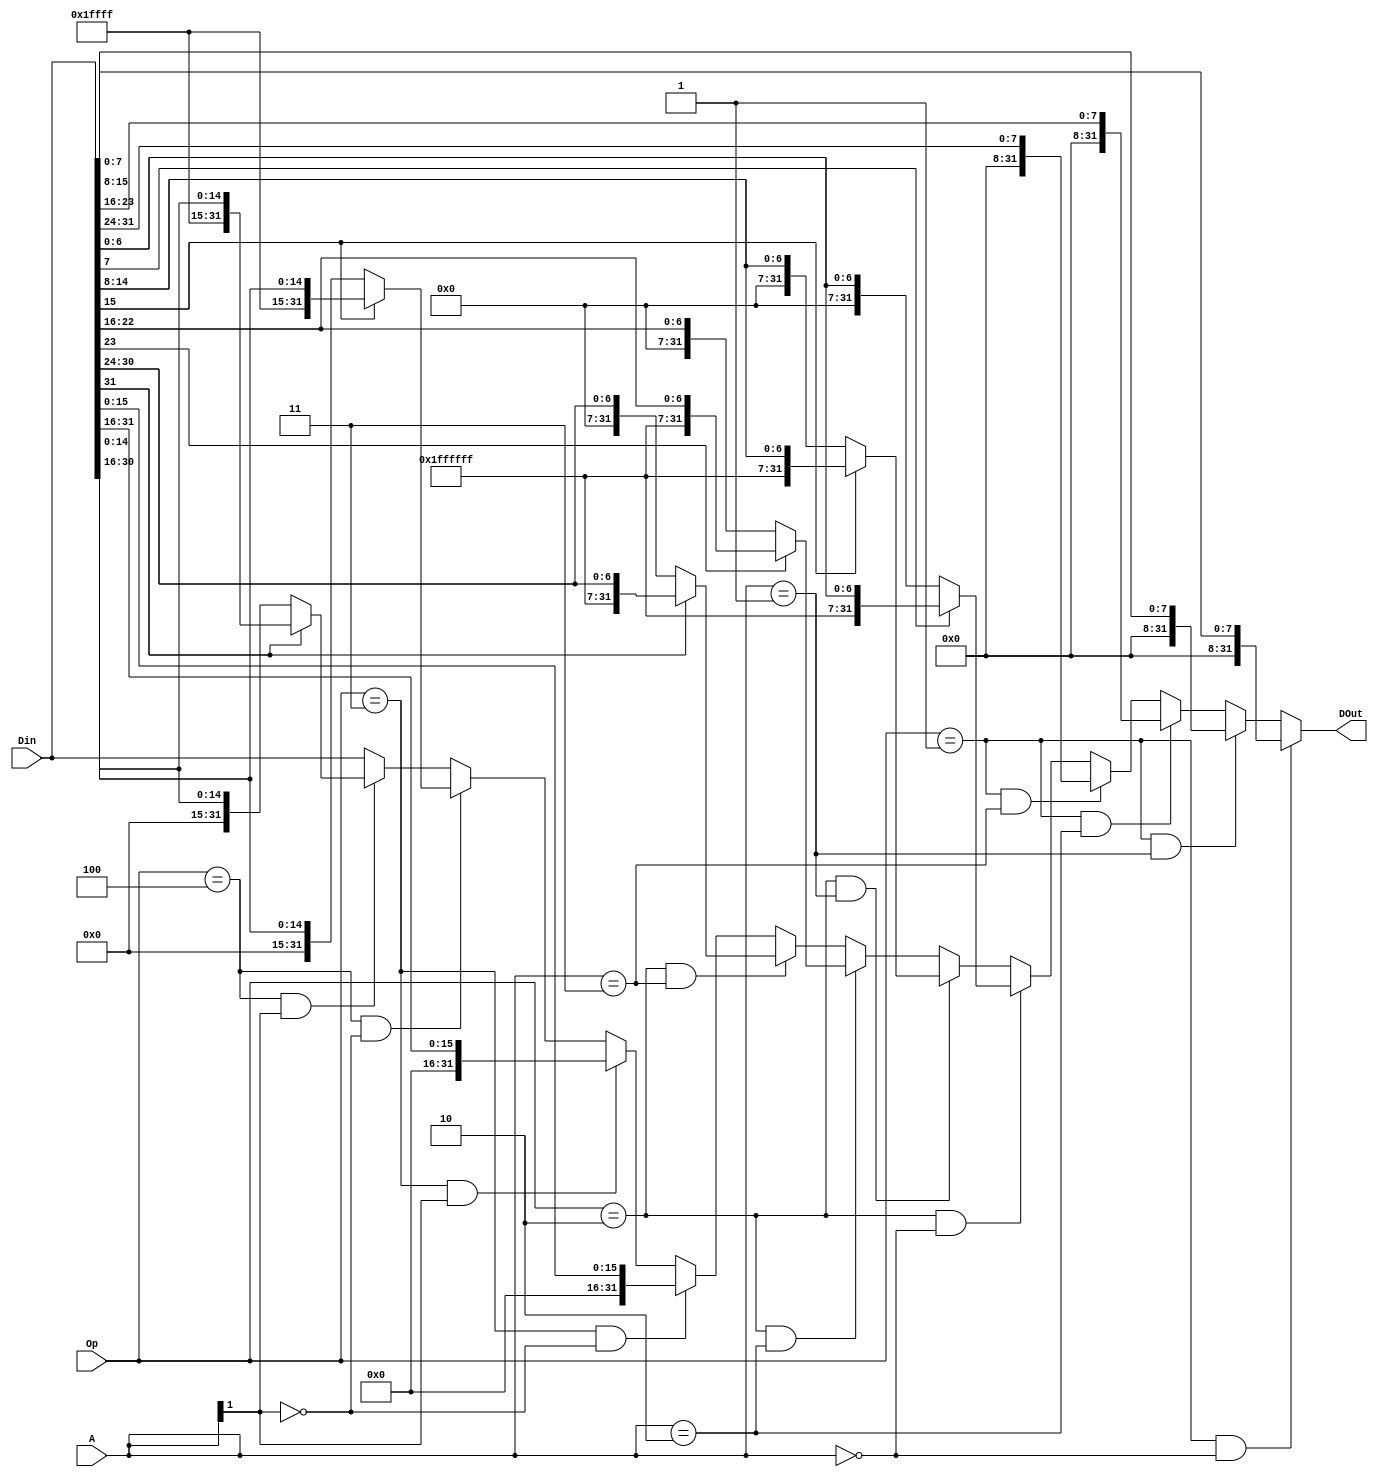
`timescale 1ns / 1ps
//////////////////////////////////////////////////////////////////////////////////
// Company: 
// Engineer: 
// 
// Design Name: 
// Module Name:    DataEXT 
// Project Name: 
// Target Devices: 
// Tool versions: 
// Description: 
//
// Dependencies: 
//
// Revision: 
// Revision 0.01 - File Created
// Additional Comments: 
//
//////////////////////////////////////////////////////////////////////////////////
module DataEXT(
	A,Din,Op,DOut
   );
	input[1:0]A;
	input[31:0]Din;
	input[2:0]Op;
	output[31:0]DOut;
	
	assign DOut = 
		(Op==3'b001&&A==2'b00) ? {24'b0,Din[7:0]} :
		(Op==3'b001&&A==2'b01) ? {24'b0,Din[15:8]} :
		(Op==3'b001&&A==2'b10) ? {24'b0,Din[23:16]} :
		(Op==3'b001&&A==2'b11) ? {24'b0,Din[31:24]} :
		(Op==3'b010&&A==2'b00) ? Din[7] ? {-24'b1,Din[7:0]} : {24'b0,Din[7:0]} :
		(Op==3'b010&&A==2'b01) ? Din[15] ? {-24'b1,Din[15:8]} : {24'b0,Din[15:8]} :
		(Op==3'b010&&A==2'b10) ? Din[23] ? {-24'b1,Din[23:16]} : {24'b0,Din[23:16]} :
		(Op==3'b010&&A==2'b11) ? Din[31] ? {-24'b1,Din[31:24]} : {24'b0,Din[31:24]} :
		(Op==3'b011&&A[1]==1'b0) ? {16'b0,Din[15:0]} :
		(Op==3'b011&&A[1]==1'b1) ? {16'b0,Din[31:16]} :
		(Op==3'b100&&A[1]==1'b0) ? Din[15] ? {-16'b1,Din[15:0]} : {16'b0,Din[15:0]} :
		(Op==3'b100&&A[1]==1'b1) ? Din[31] ? {-16'b1,Din[31:16]} : {16'b0,Din[31:16]} :
		Din;


endmodule